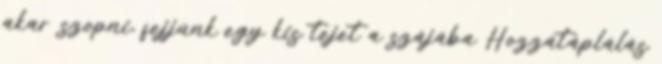
akar szopni, fejjünk egy kis tejet a szájába Hozzátáplálás